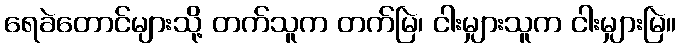
ရေခဲတောင်များသို့ တက်သူက တက်မြဲ၊ ငါးမျှားသူက ငါးမျှားမြဲ။